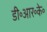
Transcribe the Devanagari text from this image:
डी॰आर॰के॰